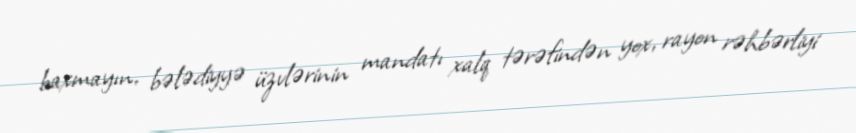
baxmayın, bələdiyyə üzvlərinin mandatı xalq tərəfindən yox, rayon rəhbərliyi